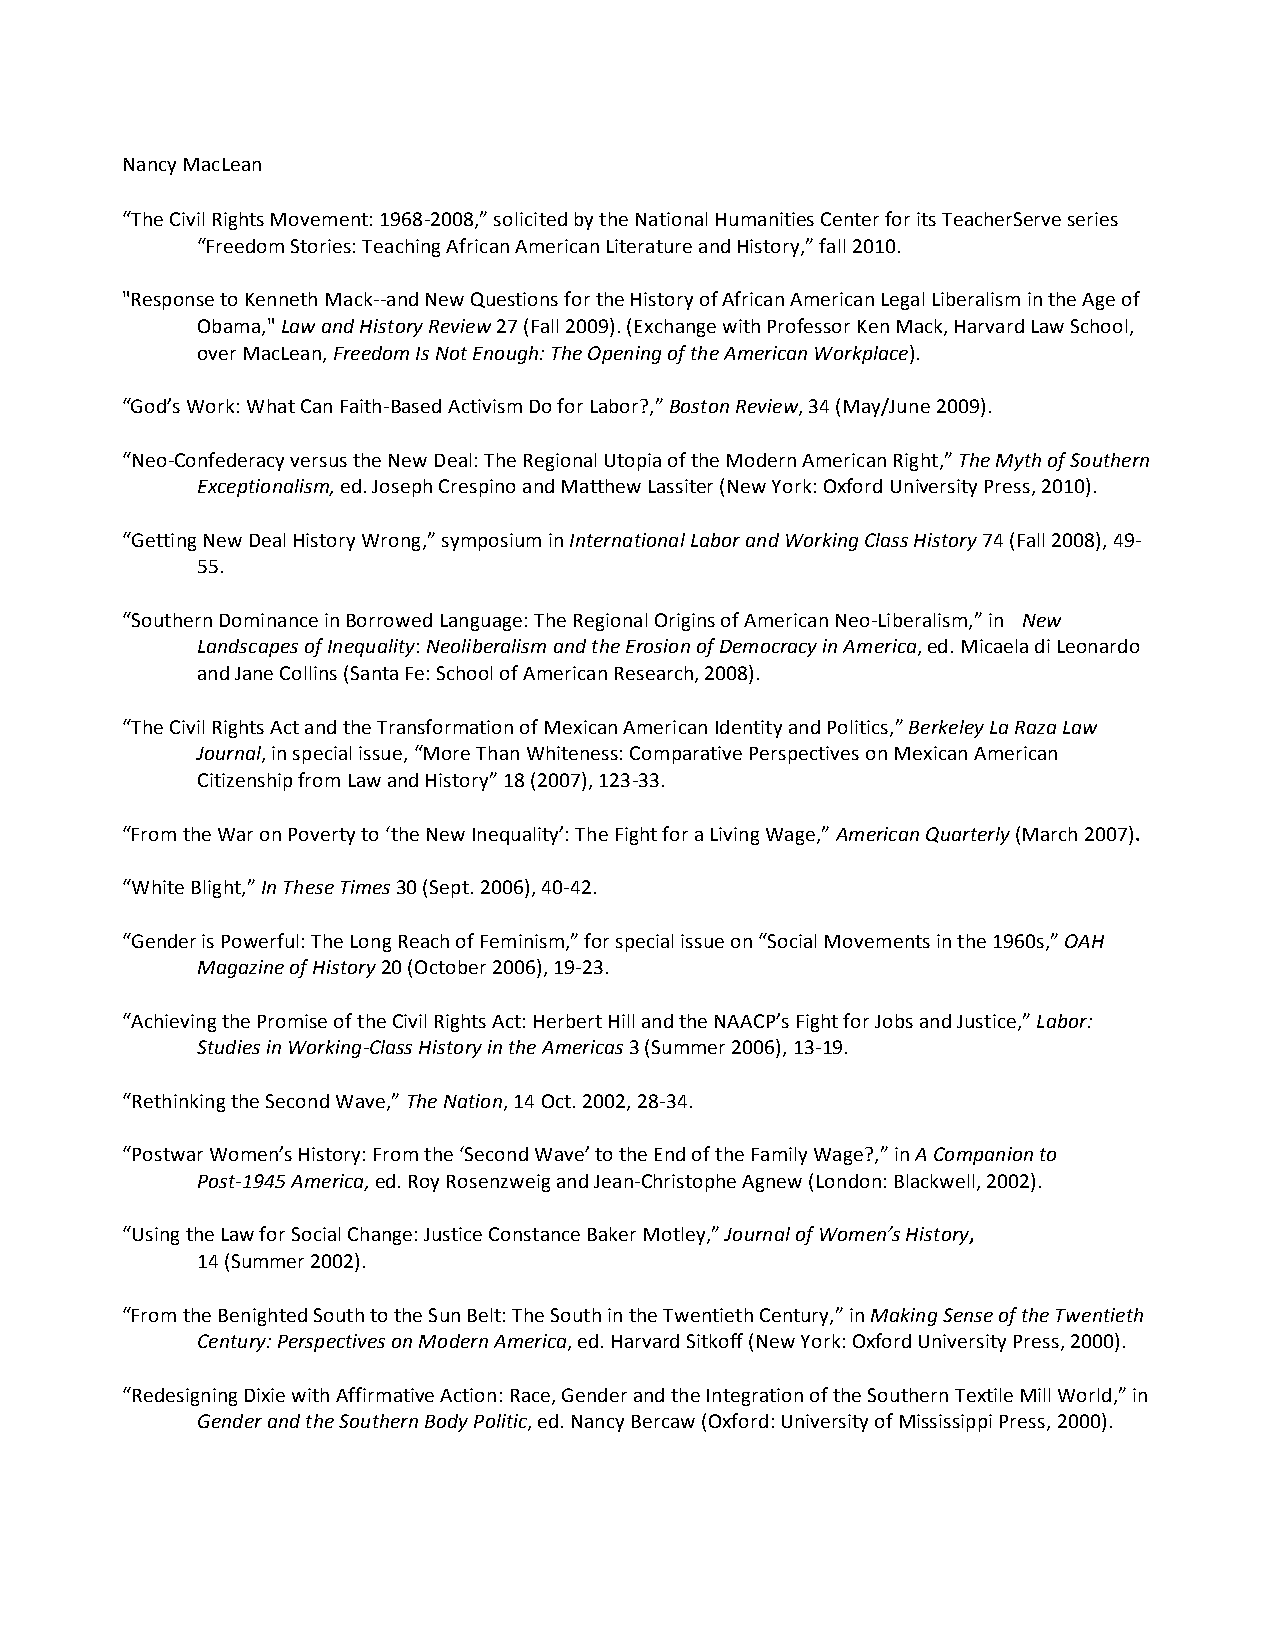
Nancy MacLean
 “The Civil Rights Movement: 1968-­‐2008,” solicited by the National Humanities Center for its TeacherServe series
 “Freedom Stories: Teaching African American Literature and History,” fall 2010.
 "Response to Kenneth Mack-­‐-­‐and New Questions for the History of African American Legal Liberalism in the Age of
 Obama," Law and History Review 27 (Fall 2009). (Exchange with Professor Ken Mack, Harvard Law School,
 over MacLean, Freedom Is Not Enough: The Opening of the American Workplace).
 “God’s Work: What Can Faith-­‐Based Activism Do for Labor?,” Boston Review, 34 (May/June 2009).
 “Neo-­‐Confederacy versus the New Deal: The Regional Utopia of the Modern American Right,” The Myth of Southern
 Exceptionalism, ed. Joseph Crespino and Matthew Lassiter (New York: Oxford University Press, 2010).
 “Getting New Deal History Wrong,” symposium in International Labor and Working Class History 74 (Fall 2008), 49-­‐
 55.
 “Southern Dominance in Borrowed Language: The Regional Origins of American Neo-­‐Liberalism,” in New
 Landscapes of Inequality: Neoliberalism and the Erosion of Democracy in America, ed. Micaela di Leonardo
 and Jane Collins (Santa Fe: School of American Research, 2008).
 “The Civil Rights Act and the Transformation of Mexican American Identity and Politics,” Berkeley La Raza Law
 Journal, in special issue, “More Than Whiteness: Comparative Perspectives on Mexican American
 Citizenship from Law and History” 18 (2007), 123-­‐33.
 “From the War on Poverty to ‘the New Inequality’: The Fight for a Living Wage,” American Quarterly (March 2007).
 “White Blight,” In These Times 30 (Sept. 2006), 40-­‐42.
 “Gender is Powerful: The Long Reach of Feminism,” for special issue on “Social Movements in the 1960s,” OAH
 Magazine of History 20 (October 2006), 19-­‐23.
 “Achieving the Promise of the Civil Rights Act: Herbert Hill and the NAACP’s Fight for Jobs and Justice,” Labor:
 Studies in Working-­‐Class History in the Americas 3 (Summer 2006), 13-­‐19.
 “Rethinking the Second Wave,” The Nation, 14 Oct. 2002, 28-­‐34.
 “Postwar Women’s History: From the ‘Second Wave’ to the End of the Family Wage?,” in A Companion to
 Post-­‐1945 America, ed. Roy Rosenzweig and Jean-­‐Christophe Agnew (London: Blackwell, 2002).
 “Using the Law for Social Change: Justice Constance Baker Motley,” Journal of Women’s History,
 14 (Summer 2002).
 “From the Benighted South to the Sun Belt: The South in the Twentieth Century,” in Making Sense of the Twentieth
 Century: Perspectives on Modern America, ed. Harvard Sitkoff (New York: Oxford University Press, 2000).
 “Redesigning Dixie with Affirmative Action: Race, Gender and the Integration of the Southern Textile Mill World,” in
 Gender and the Southern Body Politic, ed. Nancy Bercaw (Oxford: University of Mississippi Press, 2000).